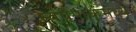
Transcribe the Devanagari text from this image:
स्वयंपाकमध्ये